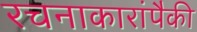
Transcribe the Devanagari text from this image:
रचनाकारांपैकी